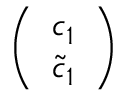
\left( \begin{array} { c } { { c _ { 1 } } } \\ { { \tilde { c } _ { 1 } } } \end{array} \right)